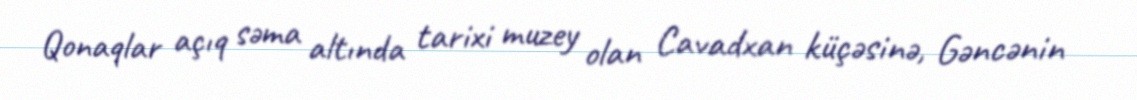
Qonaqlar açıq səma altında tarixi muzey olan Cavadxan küçəsinə, Gəncənin